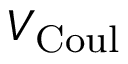
V _ { \mathrm { C o u l } }